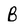
Character: B